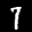
Label: 7